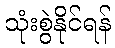
သုံးစွဲနိုင်ရန်